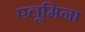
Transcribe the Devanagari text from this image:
एलूमिना